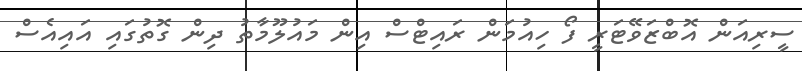
ސީރިއަން އޮބްޒަވޭޓަރީ ފޯ ހިއުމަން ރައިޓްސް އިން މައުލޫމާތު ދިން ގޮތުގައި އައިއެސް